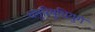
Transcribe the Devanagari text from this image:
धनुरिषुधियुगं